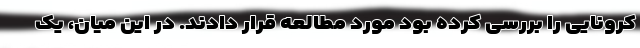
کرونایی را بررسی کرده بود مورد مطالعه قرار دادند. در این میان، یک